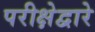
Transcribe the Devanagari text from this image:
परीक्षेद्वारे